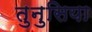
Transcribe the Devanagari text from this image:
तुनुसिया